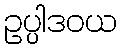
ဥပ္ပါဒဝယ